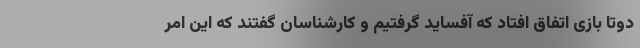
دوتا بازی اتفاق افتاد که آفساید گرفتیم و کارشناسان گفتند که این امر